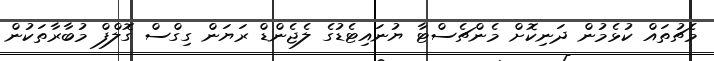
މެޗުތައް ކުޅެމުން ދަނިކޮށް މެންޗެސްޓާ ޔުނައިޓެޑުގެ ލެޖެންޑް ރަޔަން ގިގްސް ގޮލްފް މުބާރާތަކުން